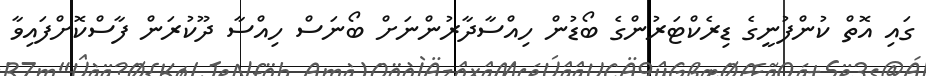
ގައި އޮތް ކުންފުނީގެ ޑިރެކްޓަރުންގެ ބޯޑުން ހިއްސާދާރުންނަށް ބޯނަސް ހިއްސާ ދޫކުރަން ފާސްކޮށްފައިވާ